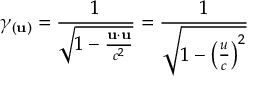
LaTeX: \gamma _ { ( \mathbf { u } ) } = { \frac { 1 } { \sqrt { 1 - { \frac { \mathbf { u } \cdot \mathbf { u } } { c ^ { 2 } } } } } } = { \frac { 1 } { \sqrt { 1 - \left( { \frac { u } { c } } \right) ^ { 2 } } } }